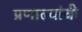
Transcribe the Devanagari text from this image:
प्रणाल्यांची